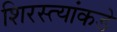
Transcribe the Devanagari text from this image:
शिरस्त्यांकडे